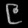
Digit: ၉